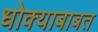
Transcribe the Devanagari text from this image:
धोक्याबाबत